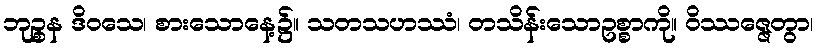
ဘုဉ္စန ဒိဝသေ၊ စားသောနေ့၌။ သတသဟဿံ၊ တသိန်းသောဥစ္စာကို။ ဝိဿဇ္ဇေတွာ၊